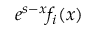
e ^ { s - x } f _ { i } ( x )